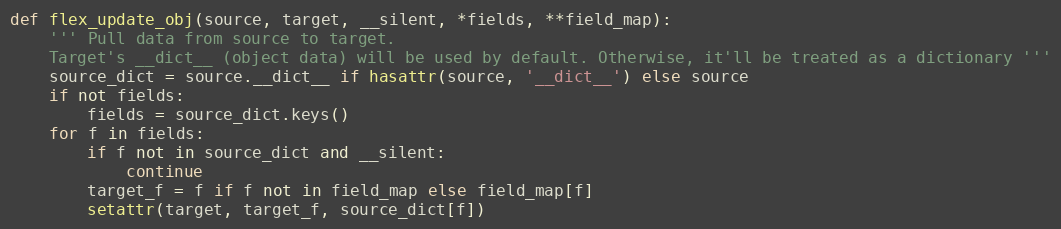
Language: Python
def flex_update_obj(source, target, __silent, *fields, **field_map):
    ''' Pull data from source to target.
    Target's __dict__ (object data) will be used by default. Otherwise, it'll be treated as a dictionary '''
    source_dict = source.__dict__ if hasattr(source, '__dict__') else source
    if not fields:
        fields = source_dict.keys()
    for f in fields:
        if f not in source_dict and __silent:
            continue
        target_f = f if f not in field_map else field_map[f]
        setattr(target, target_f, source_dict[f])